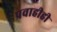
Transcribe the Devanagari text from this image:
प्रवाहीही